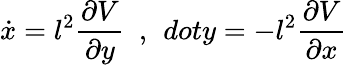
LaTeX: \dot{x}=l^{2}\frac{\partial V}{\partial y}\ \ ,\ \, dot{y}=-l^{2}\frac{\partial V}{\partial x}